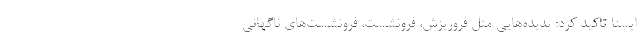
ایسنا تاکید کرد:‌ پدیده‌هایی مثل فروریزش، فرونشست، فرونشست‌های ناگهانی